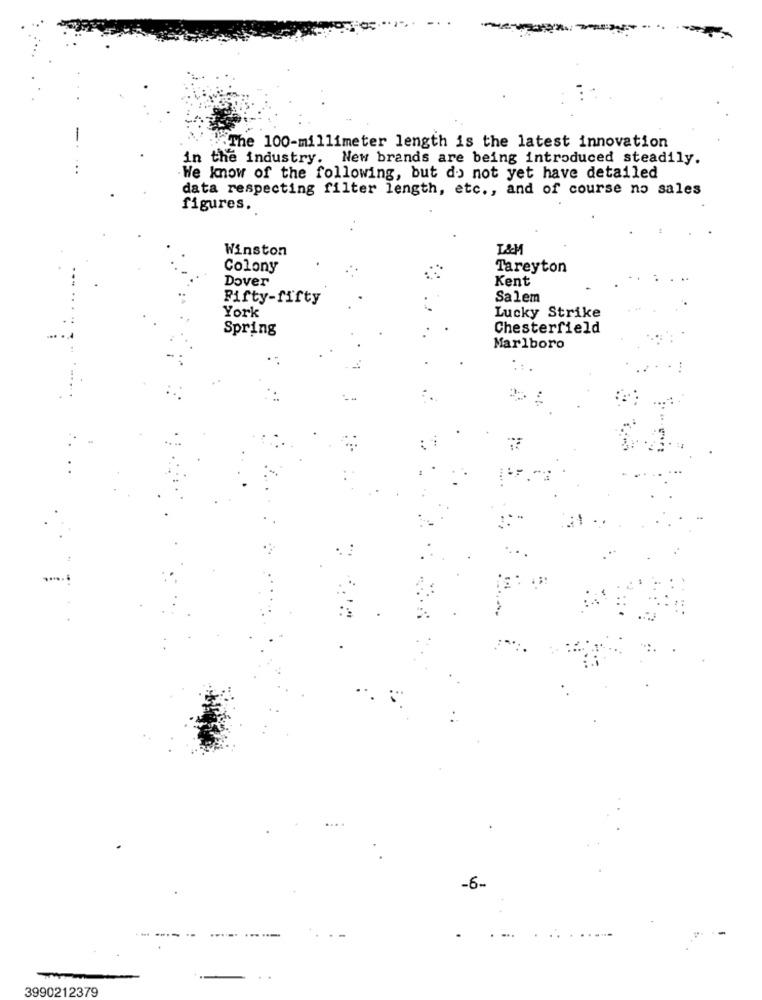
.The 100-millimeter length is the latest innovation
in the industry. New brands are being introduced steadily.
We know of the following, but do not yet have detailed
data respecting filter length, etc ., and of course no sales
figures.
Winston
Colony
Tareyton
Dover
Kent
Fifty-fifty
Salem
York
Lucky Strike
Spring
Chesterfield
Marlboro
-6-
....
...
3990212379